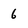
Character: 6